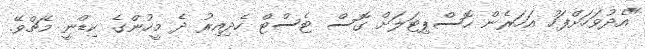
"އެދުވަހަށްފަހު އަހަރެން ހޮސްޕިޓަލަށް ގޮސް ޓެސްޓް ހެދިއިރު ދެ މީހުންގެ ކިޑްނީ މެޗްވޭ.